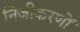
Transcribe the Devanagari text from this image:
निजीकरणों